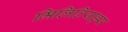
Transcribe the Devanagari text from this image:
मिलिटियाड्स